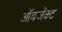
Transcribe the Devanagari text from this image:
ऑबजॅक्ट